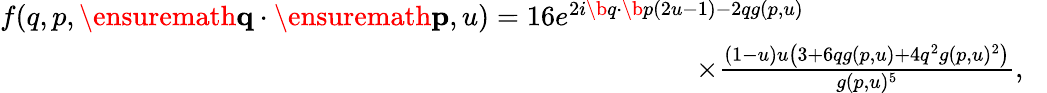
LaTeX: \begin{array}{r}{f(q,p,\ensuremath{\mathbf{q}}\cdot\ensuremath{\mathbf{p}},u)=16e^{2i\b{q}\cdot\b{p}(2u-1)-2qg(p,u)}\phantom{xxxxxxxxxxxxxxx}}\\ {\times\frac{(1-u)u\left(3+6qg(p,u)+4q^{2}g(p,u)^{2}\right)}{g(p,u)^{5}},\; \; \; }\end{array}